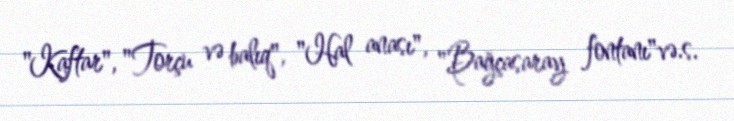
"Kaftar", "Torçu və balıq", "Hal anası", "Bağçasaray fontanı"və.s.